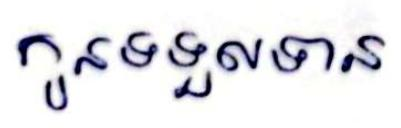
កូនទទួលទាន